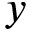
\boldsymbol { y }